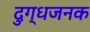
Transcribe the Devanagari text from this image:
दुग्धजनक